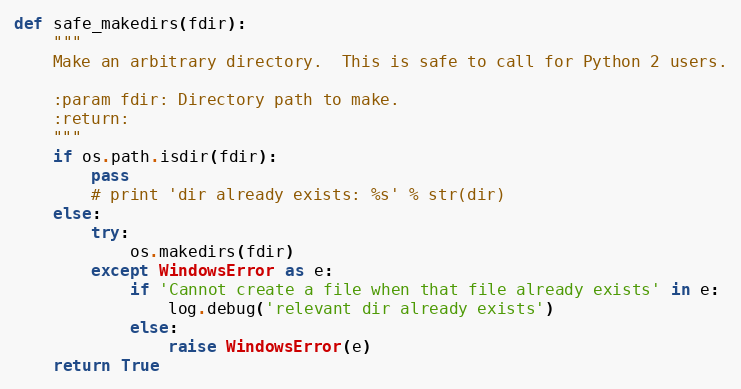
Language: Python
def safe_makedirs(fdir):
    """
    Make an arbitrary directory.  This is safe to call for Python 2 users.

    :param fdir: Directory path to make.
    :return:
    """
    if os.path.isdir(fdir):
        pass
        # print 'dir already exists: %s' % str(dir)
    else:
        try:
            os.makedirs(fdir)
        except WindowsError as e:
            if 'Cannot create a file when that file already exists' in e:
                log.debug('relevant dir already exists')
            else:
                raise WindowsError(e)
    return True